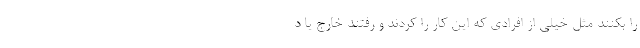
را بکنند مثل خیلی از افرادی که این کار را کردند و رفتند خارج یا د